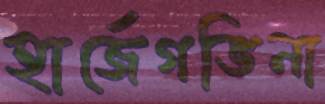
হার্জেগভিনা